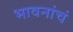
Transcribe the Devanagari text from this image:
भावनांचं